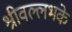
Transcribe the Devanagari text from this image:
श्रीवल्लभके